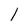
Character: 1